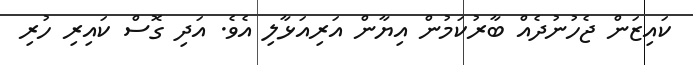
ކައިޒަން ޖެހުނުދެއް ބާރުކަމުން އިޔާން އަރިއަޅާލި އެވެ. އަދި ގޮސް ކައިރި ހުރި